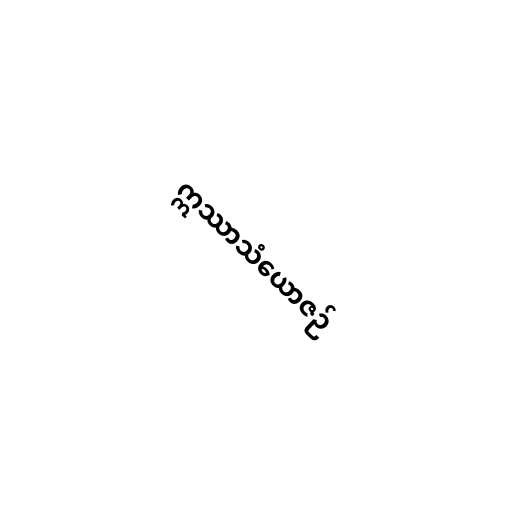
ဣဿာသံယောဇဉ်